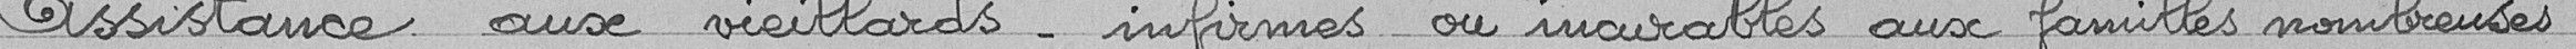
Assistance aux vieillards informes ou incurables aux familles nombreuses